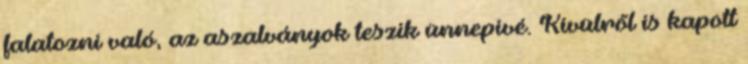
falatozni való, az aszalványok teszik ünnepivé. Kívülről is kapott